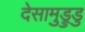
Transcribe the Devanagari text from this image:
देसामुड्रुडु